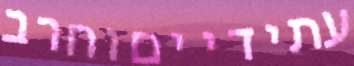
עתידייםוחרב